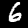
Digit: 6